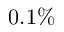
0 . 1 \%